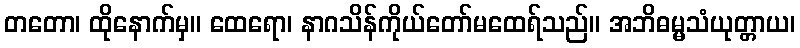
တတော၊ ထိုနောက်မှ။ ထေရော၊ နာဂသိန်ကိုယ်တော်မထေရ်သည်။ အဘိဓမ္မသံယုတ္တာယ၊